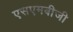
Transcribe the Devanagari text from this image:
एसएमबीजी